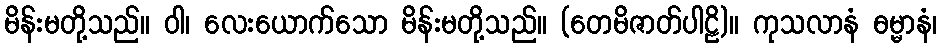
မိန်းမတို့သည်။ ဝါ၊ လေးယောက်သော မိန်းမတို့သည်။ (တေမိဇာတ်ပါဠိ)။ ကုသလာနံ ဓမ္မာနံ၊